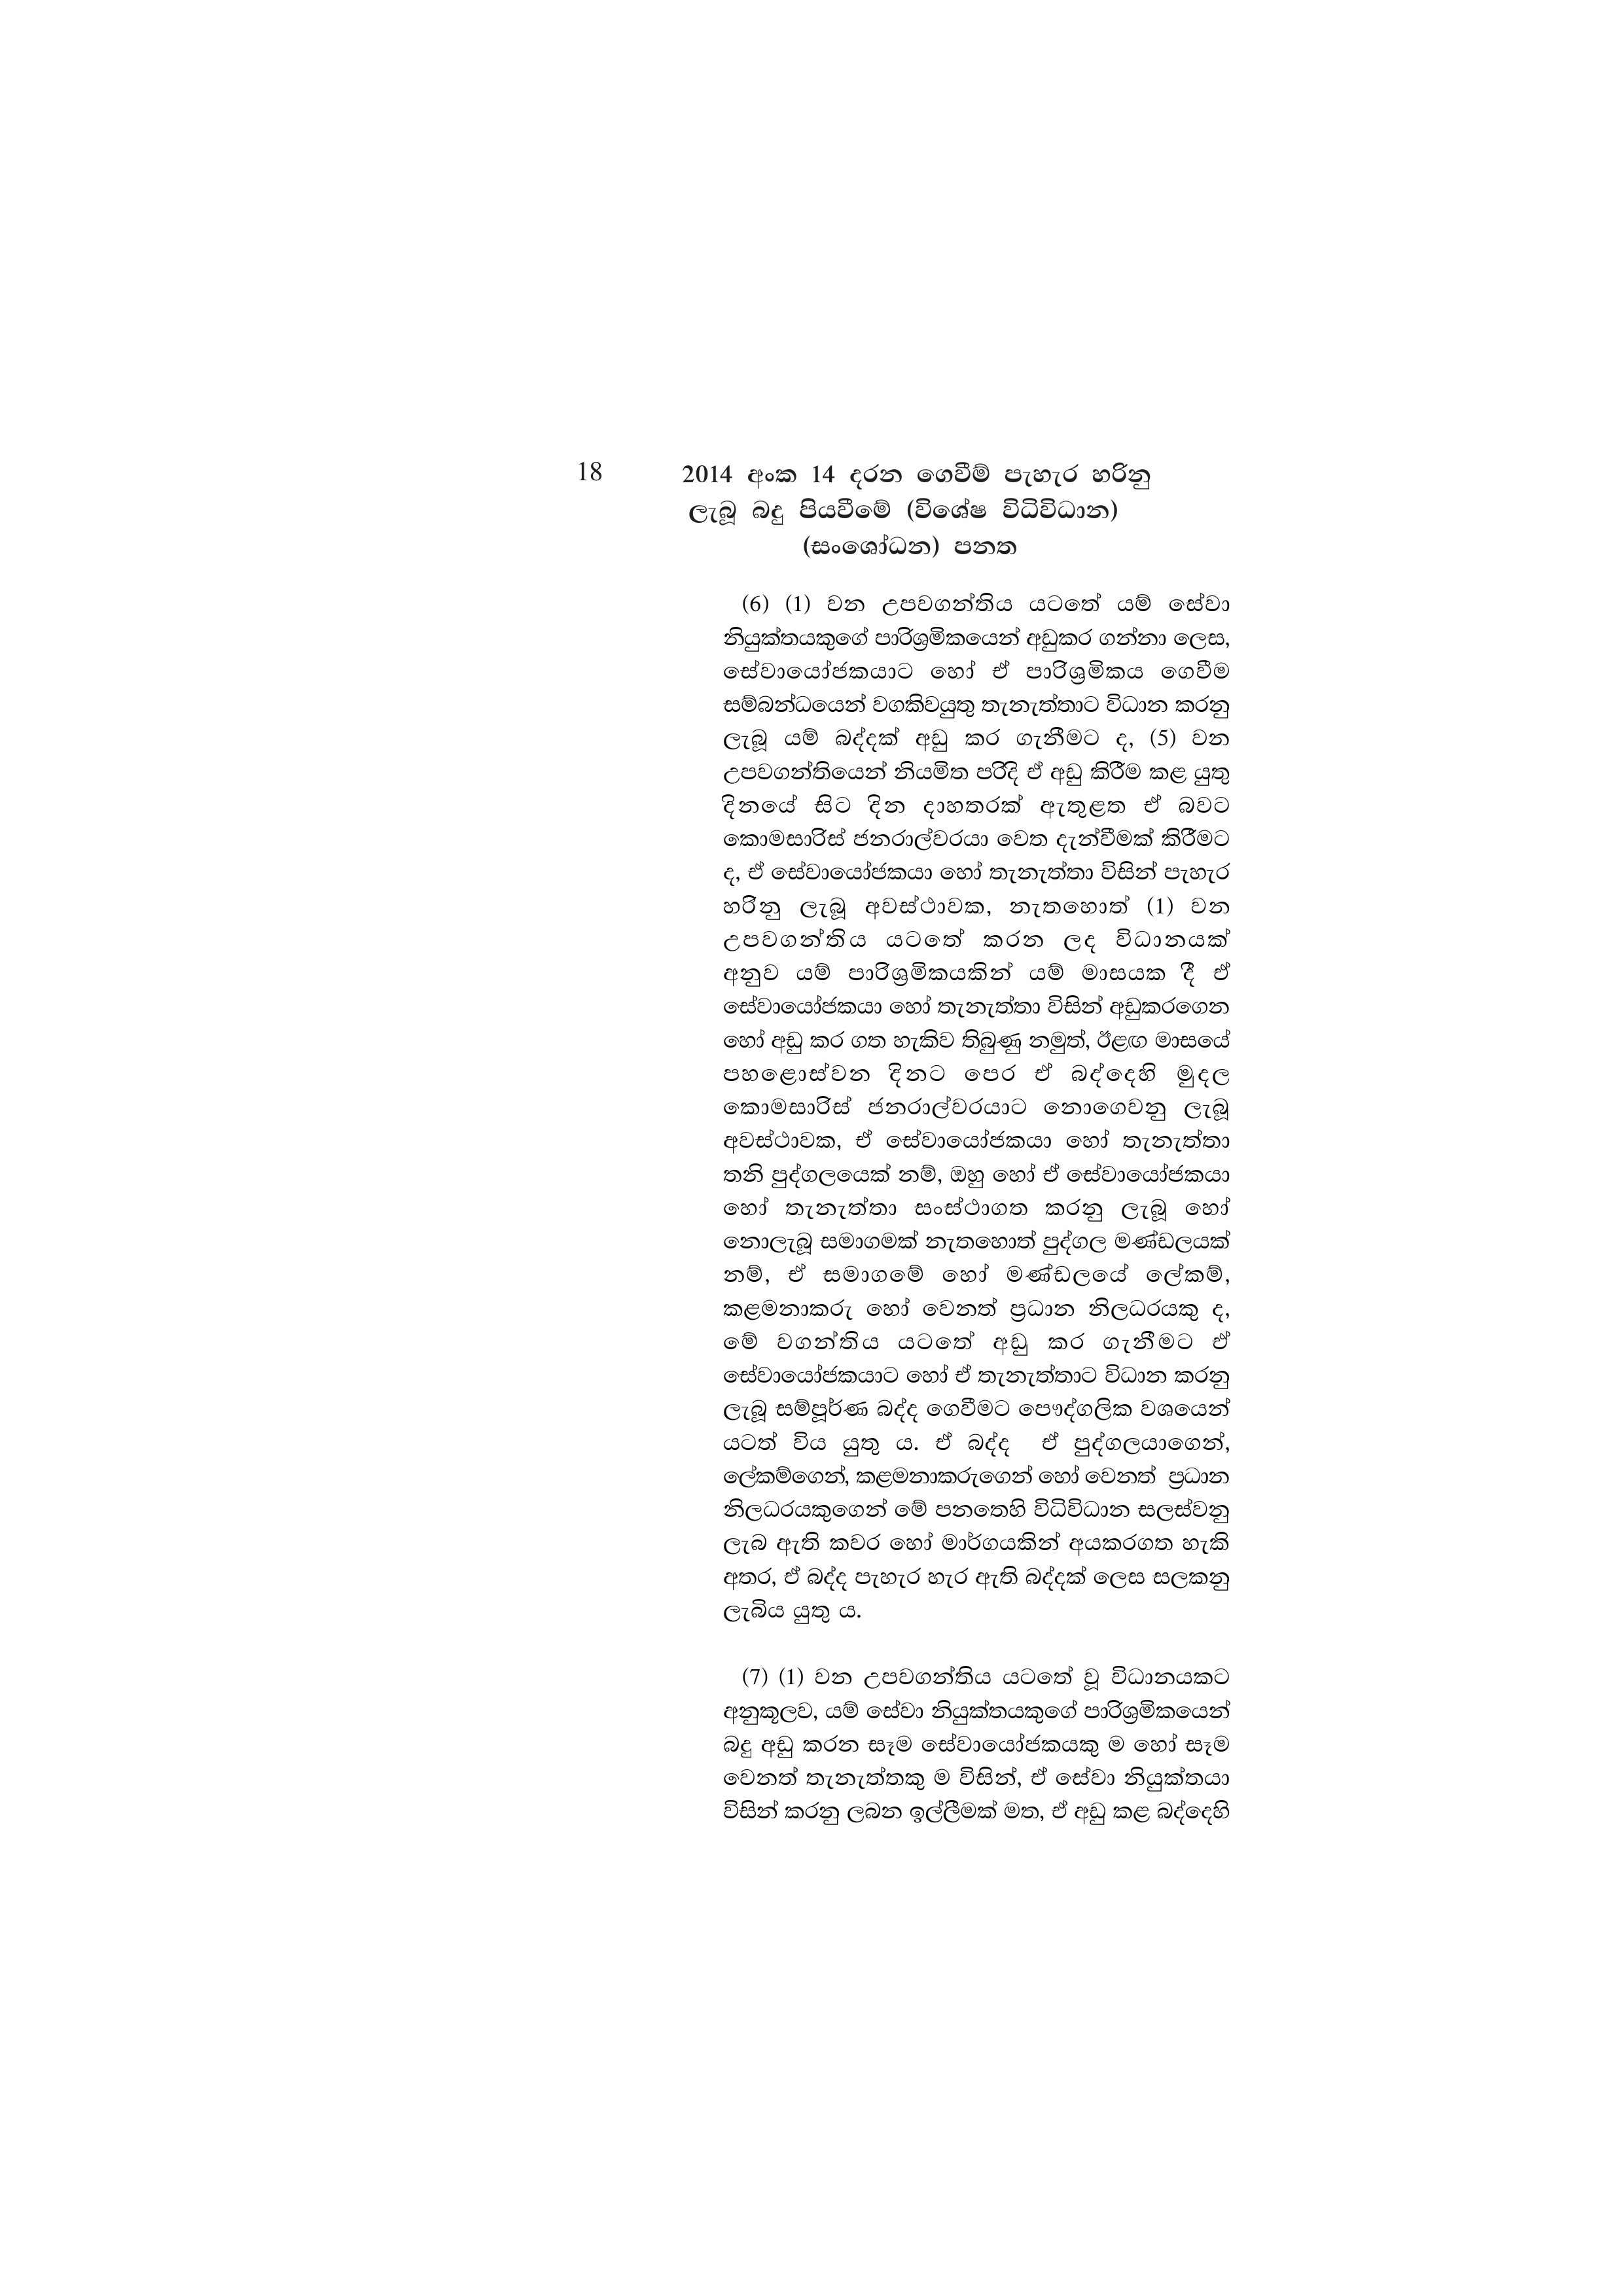
18 2014 අංක 14 දරන ගෙවීම් පැහැර හරිනු
ලැබූ බදු පියවීමේ (විශේෂ විධිවිධාන)
(සංශෝධන) පනත

(6) (1) වන උපවගන්තිය යටතේ යම් සේවා
නියුක්තයකුගේ පාරිශ්‍රමිකයෙන් අඩුකර ගන්නා ලෙස,
සේවායෝජකයාට හෝ ඒ පාරිශ්‍රමිකය ගෙවීම
සම්බන්ධයෙන් වගකිවයුතු තැනැත්තාට විධාන කරනු
ලැබූ යම් බද්දක් අඩු කර ගැනීමට ද, (5) වන
උපවගන්තියෙන් නියමිත පරිදි ඒ අඩු කිරීම කළ යුතු
දිනයේ සිට දින දාහතරක් ඇතුළත ඒ බවට
කොමසාරිස් ජනරාල්වරයා වෙත දැන්වීමක් කිරීමට
ද, ඒ සේවායෝජකයා හෝ තැනැත්තා විසින් පැහැර
හරිනු ලැබූ අවස්ථාවක, නැතහොත් (1) වන
උපවගන්තිය යටතේ කරන ලද විධානයක්
අනුව යම් පාරිශ්‍රමිකයකින් යම් මාසයක දී ඒ
සේවායෝජකයා හෝ තැනැත්තා විසින් අඩුකරගෙන
හෝ අඩු කර ගත හැකිව තිබුණු නමුත්, ඊළඟ මාසයේ
පහළොස්වන දිනට පෙර ඒ බද්දෙහි මුදල
කොමසාරිස් ජනරාල්වරයාට නොගෙවනු ලැබූ
අවස්ථාවක, ඒ සේවායෝජකයා හෝ තැනැත්තා
තනි පුද්ගලයෙක් නම්, ඔහු හෝ ඒ සේවායෝජකයා
හෝ තැනැත්තා සංස්ථාගත කරනු ලැබූ හෝ
නොලැබූ සමාගමක් නැතහොත් පුද්ගල මණ්ඩලයක්
නම්, ඒ සමාගමේ හෝ මණ්ඩලයේ ලේකම්,
කළමනාකරු හෝ වෙනත් ප්‍රධාන නිලධරයකු ද,
මේ වගන්තිය යටතේ අඩු කර ගැනීමට ඒ
සේවායෝජකයාට හෝ ඒ තැනැත්තාට විධාන කරනු
ලැබූ සම්පූර්ණ බද්ද ගෙවීමට පෞද්ගලික වශයෙන්
යටත් විය යුතු ය. ඒ බද්ද ඒ පුද්ගලයාගෙන්,
ලේකම්ගෙන්, කළමනාකරුගෙන් හෝ වෙනත් ප්‍රධාන
නිලධරයකුගෙන් මේ පනතෙහි විධිවිධාන සලස්වනු
ලැබ ඇති කවර හෝ මාර්ගයකින් අයකරගත හැකි
අතර, ඒ බද්ද පැහැර හැර ඇති බද්දක් ලෙස සලකනු
ලැබිය යුතු ය.

(7) (1) වන උපවගන්තිය යටතේ වූ විධානයකට
අනුකූලව, යම් සේවා නියුක්තයකුගේ පාරිශ්‍රමිකයෙන්
බදු අඩු කරන සෑම සේවායෝජකයකු ම හෝ සෑම
වෙනත් තැනැත්තකු ම විසින්, ඒ සේවා නියුක්තයා
විසින් කරනු ලබන ඉල්ලීමක් මත, ඒ අඩු කළ බද්දෙහි